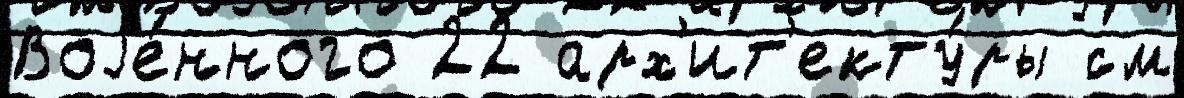
Воjе́нного 22 арх'ит'екту́ры см